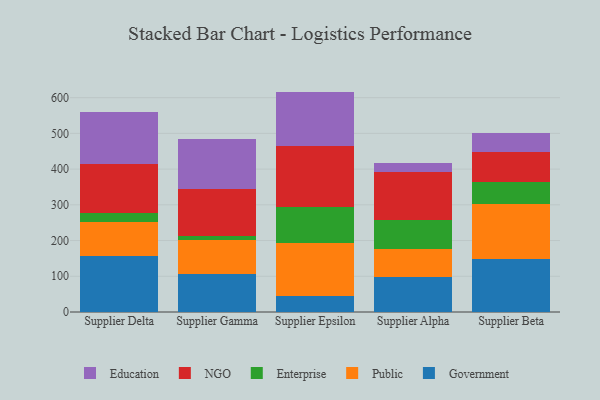
{"axis": {"x": "Supplier", "y": "Revenue (USD Million)"}, "legend": ["Education", "Enterprise", "Government", "NGO", "Public"], "data": [{"x": "Supplier Delta", "y": 157.7, "type": "Government"}, {"x": "Supplier Delta", "y": 93.0, "type": "Public"}, {"x": "Supplier Delta", "y": 25.4, "type": "Enterprise"}, {"x": "Supplier Delta", "y": 137.2, "type": "NGO"}, {"x": "Supplier Delta", "y": 147.0, "type": "Education"}, {"x": "Supplier Gamma", "y": 107.5, "type": "Government"}, {"x": "Supplier Gamma", "y": 93.5, "type": "Public"}, {"x": "Supplier Gamma", "y": 11.1, "type": "Enterprise"}, {"x": "Supplier Gamma", "y": 131.1, "type": "NGO"}, {"x": "Supplier Gamma", "y": 142.0, "type": "Education"}, {"x": "Supplier Epsilon", "y": 44.6, "type": "Government"}, {"x": "Supplier Epsilon", "y": 149.0, "type": "Public"}, {"x": "Supplier Epsilon", "y": 99.5, "type": "Enterprise"}, {"x": "Supplier Epsilon", "y": 172.1, "type": "NGO"}, {"x": "Supplier Epsilon", "y": 151.8, "type": "Education"}, {"x": "Supplier Alpha", "y": 98.0, "type": "Government"}, {"x": "Supplier Alpha", "y": 77.4, "type": "Public"}, {"x": "Supplier Alpha", "y": 82.4, "type": "Enterprise"}, {"x": "Supplier Alpha", "y": 134.5, "type": "NGO"}, {"x": "Supplier Alpha", "y": 24.1, "type": "Education"}, {"x": "Supplier Beta", "y": 147.8, "type": "Government"}, {"x": "Supplier Beta", "y": 154.4, "type": "Public"}, {"x": "Supplier Beta", "y": 61.1, "type": "Enterprise"}, {"x": "Supplier Beta", "y": 83.3, "type": "NGO"}, {"x": "Supplier Beta", "y": 54.2, "type": "Education"}]}